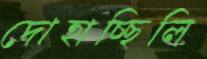
দোহাচ্ছিলি